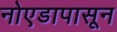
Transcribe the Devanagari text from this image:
नोएडापासून